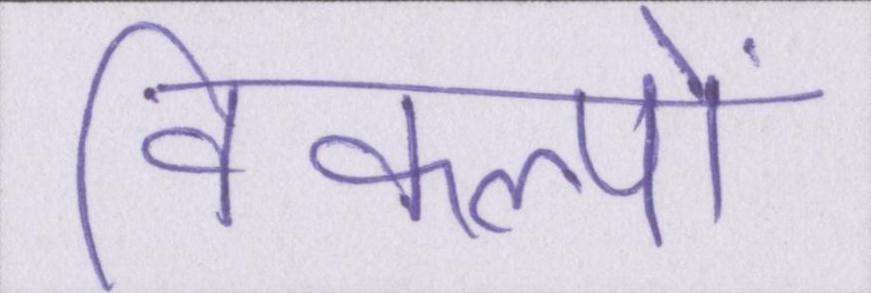
विकल्पों